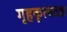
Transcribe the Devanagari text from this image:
गृहकृत्यदक्ष